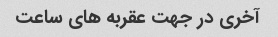
آخری در جهت عقربه های ساعت